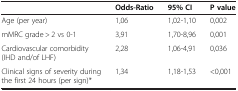
|  | Odds-Ratio | 95% CI | P value |
 | --- | --- | --- | --- |
 | Age (per year) | 1,06 | 1,02-1,10 | 0,002 |
 | mMRC grade > 2 vs 0-1 | 3,91 | 1,70-8,96 | 0,001 |
 | Cardiovascular comorbidity (IHD and/of LHF) | 2,28 | 1,06-4,91 | 0,036 |
 | Clinical signs of severity during the first 24 hours (per sign)* | 1,34 | 1,18-1,53 | <0,001 |